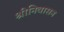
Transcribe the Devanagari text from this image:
श्रीनिवासन